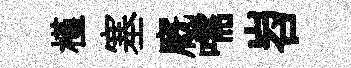
槿塞廐嚅岧